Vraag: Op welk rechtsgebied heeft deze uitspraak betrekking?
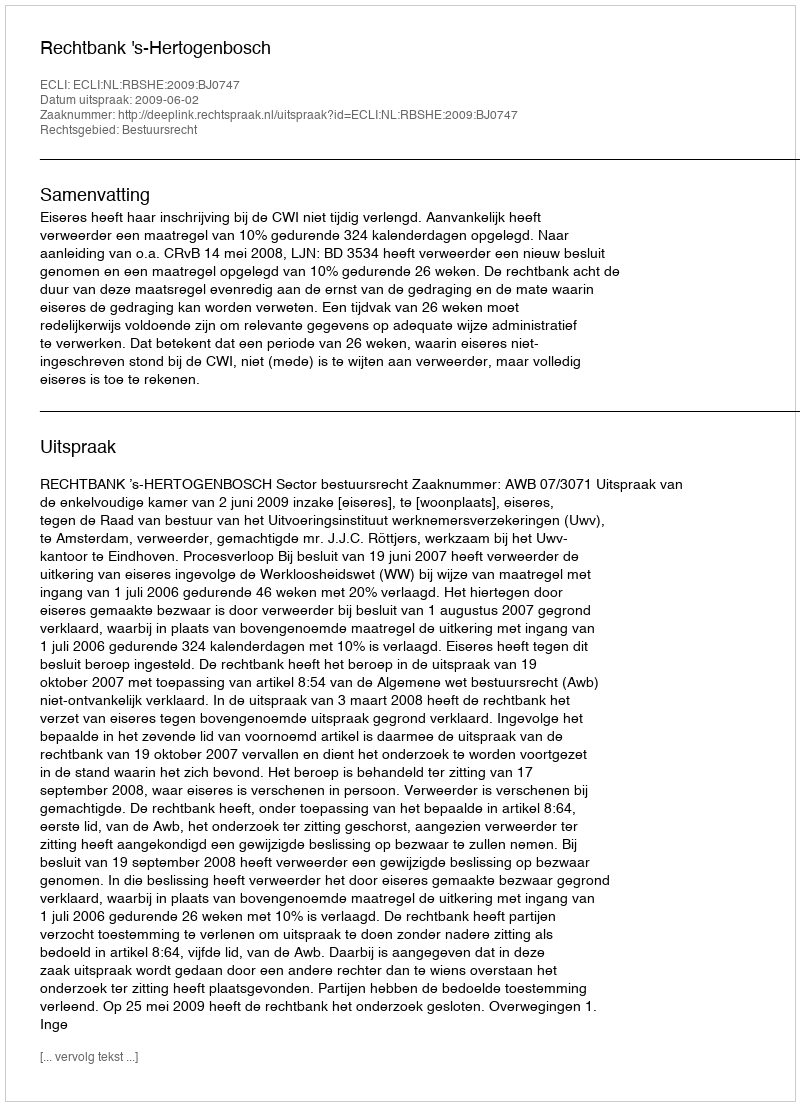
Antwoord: Bestuursrecht